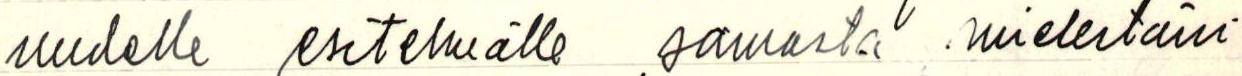
uudelle esitelmälle samasta mielestäni